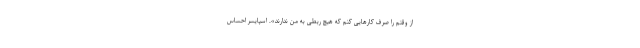
از وقتم را صرف کارهایی کنم که هیچ ربطی به من ندارند». اسپایسر احساس